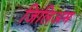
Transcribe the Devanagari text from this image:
जिलिअम